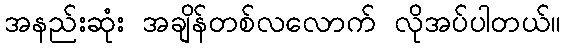
အနည်းဆုံး အချိန်တစ်လလောက် လိုအပ်ပါတယ်။